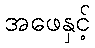
အဖေနှင့်